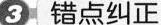
3错点纠正